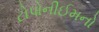
ટોપોનીઈમનો